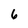
Character: 6